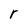
Character: r